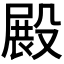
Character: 𣪵